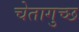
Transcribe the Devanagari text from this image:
चेतागुच्छ